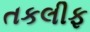
તકલીફ